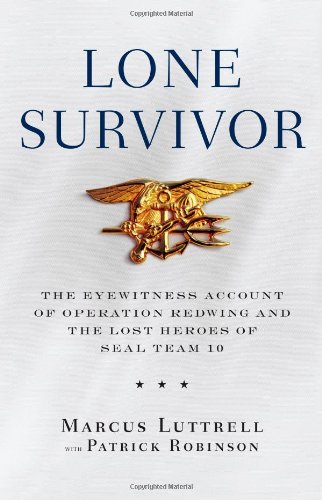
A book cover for Lone Survivor: The Eyewitness Account of Operation Redwing and the Lost Heroes of SEAL Team 10; Marcus Luttrell; History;